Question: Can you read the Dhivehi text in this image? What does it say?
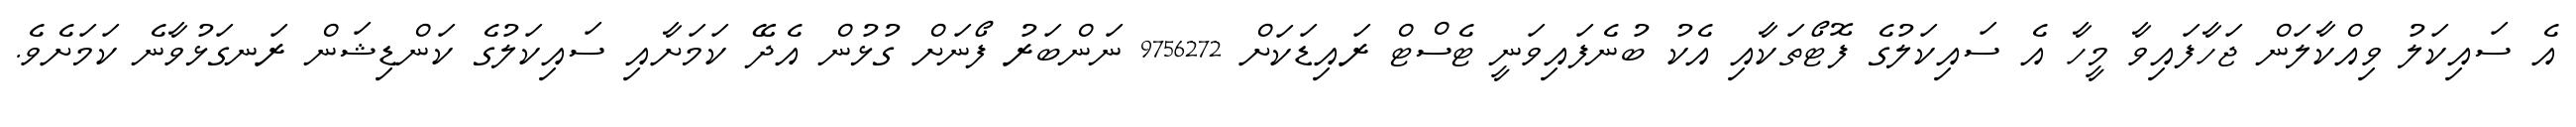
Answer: އެ ސައިކަލު ވިއްކާލަން ޖަހާފައިވާ މީހާ އެ ސައިކަލުގެ ފޮޓޯތަކާއި އެކު ބުނެފައިވަނީ ޓެސްޓް ރައިޑަކަށް 9756272 ނަންބަރު ފޯނަށް ގުޅުން އެދޭ ކަމަށާއި ސައިކަލުގެ ކަންޑިޝަން ރަނގަޅުވާނެ ކަމަށެވެ.